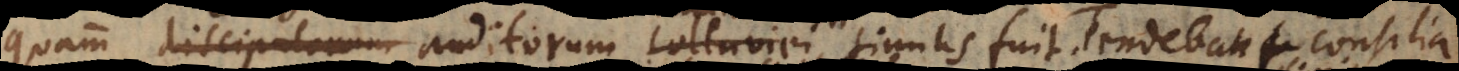
quam discipulorum auditorum colluviei similis fuit. Tendebant consilia